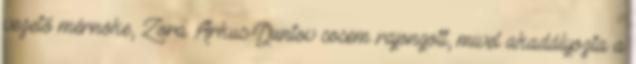
vezető mérnöke, Zora Arkus-Duntov sosem rajongott, mivel akadályozta a